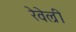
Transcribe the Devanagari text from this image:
रेवेल्री